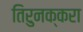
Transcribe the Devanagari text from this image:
तिरुनक्करा